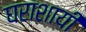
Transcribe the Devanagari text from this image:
घराशायी